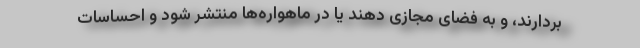
بردارند، و به فضای مجازی دهند یا در ماهواره‌ها منتشر شود و احساسات